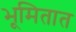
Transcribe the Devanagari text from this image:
भूमितात